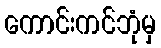
ကောင်းကင်ဘုံမှ